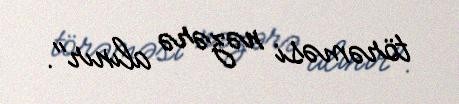
törəməsi nəzərə alınır".